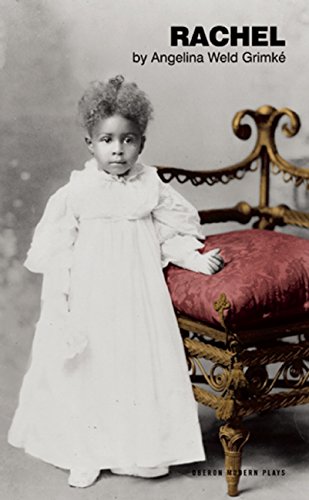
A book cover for Rachel; Angelina Weld GrimkÃ©; Literature & Fiction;